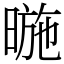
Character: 暆